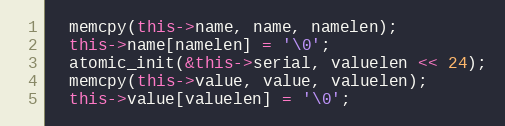
Language: C++
  memcpy(this->name, name, namelen);
  this->name[namelen] = '\0';
  atomic_init(&this->serial, valuelen << 24);
  memcpy(this->value, value, valuelen);
  this->value[valuelen] = '\0';